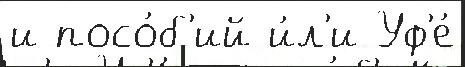
и посо́б'ий и́л'и Уф'е́